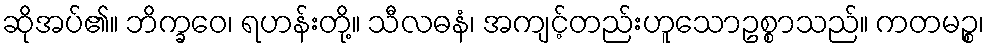
ဆိုအပ်၏။ ဘိက္ခဝေ၊ ရဟန်းတို့။ သီလဓနံ၊ အကျင့်တည်းဟူသောဥစ္စာသည်။ ကတမဉ္စ၊